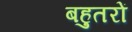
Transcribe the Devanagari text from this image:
बहुतरों